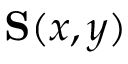
\mathbf { S } ( x , y )